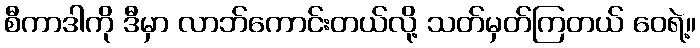
စီကာဒါကို ဒီမှာ လာဘ်ကောင်းတယ်လို့ သတ်မှတ်ကြတယ် ဝေရဲ့။